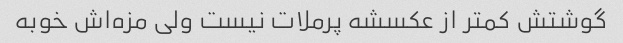
گوشتش کمتر از عکسشه پرملات نیست ولی مزه‌اش خوبه